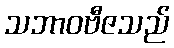
သဘာဝဗီဇသည်